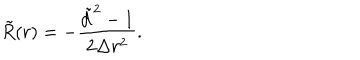
\tilde { R } ( r ) = - \frac { \tilde { d } ^ { 2 } - 1 } { 2 \Delta r ^ { 2 } } .